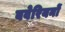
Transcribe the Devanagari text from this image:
बवेरियनों